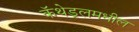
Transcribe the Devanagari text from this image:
कॅथेड्रलमधील